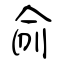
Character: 俞